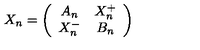
X _ { n } = \left( \begin{array} { c c } { A _ { n } } & { X _ { n } ^ { + } } \\ { X _ { n } ^ { - } } & { B _ { n } } \\ \end{array} \right)